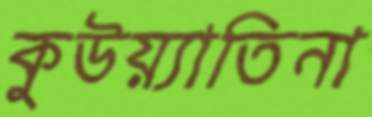
কুউয়্যাতিনা